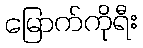
မြောက်ကိုရီး